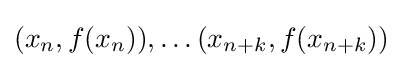
(x_{n},f(x_{n})),\dots (x_{n+k},f(x_{n+k}))